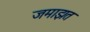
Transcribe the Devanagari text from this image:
जमाझत